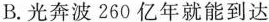
B.光奔波260亿年就能到达